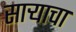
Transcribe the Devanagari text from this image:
साऱ्याचा